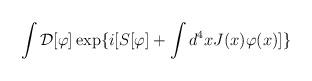
LaTeX: \begin{align*}\int{\cal D}[\varphi]\exp \{i[S[\varphi]+\int d^{4}x J(x)\varphi(x)]\}\end{align*}